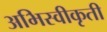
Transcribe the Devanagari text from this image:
अभिस्वीकृती